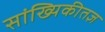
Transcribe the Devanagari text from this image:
सांख्यिकीतज्ञ